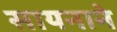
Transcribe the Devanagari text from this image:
सायनाने